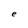
Character: e